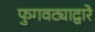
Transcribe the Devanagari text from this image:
फुगवट्याद्वारे